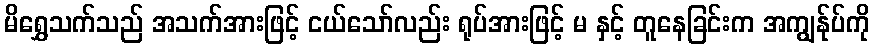
မိရွှေသက်သည် အသက်အားဖြင့် ငယ်သော်လည်း ရုပ်အားဖြင့် မ နှင့် တူနေခြင်းက အကျွန်ုပ်ကို